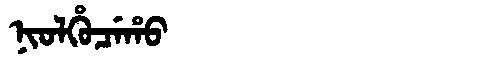
Manchu: ᠨᡳᠣᠯᡥᡠᠴᡝᡥᠣ
Romanization: NIOLHUCEHO